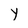
Character: Y